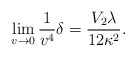
\begin{align*} \lim_{v\rightarrow 0}\frac{1}{v^4}\delta=\frac{V_2\lambda}{12\kappa^2}.\end{align*}